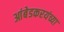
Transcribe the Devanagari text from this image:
आंबेडकरयंच्या